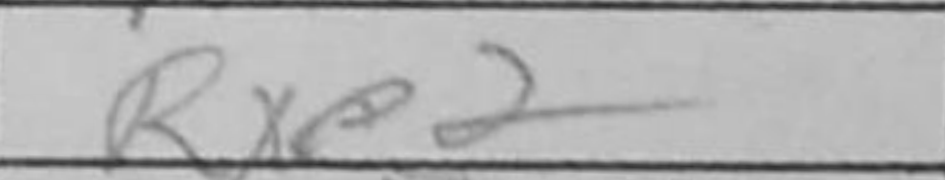
Transcription: Rxe2